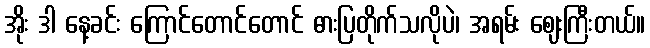
အိုး ဒါ နေ့ခင်း ကြောင်တောင်တောင် ဓားပြတိုက်သလိုပဲ၊ အရမ်း ဈေးကြီးတယ်။